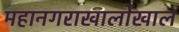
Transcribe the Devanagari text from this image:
महानगराखालोखाल